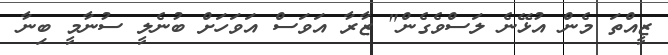
ޒީއްތަ މެން އުޅޭނެ ލަސްވެގެން" ޒާރާ އަވަސް އަވަހަށް ބުނެލީ ސުނާމީ ބިނާ